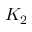
K _ { 2 }